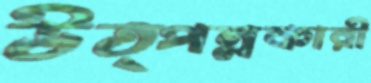
উত্পন্নকারী